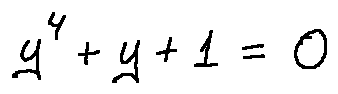
y ^ { 4 } + y + 1 = 0